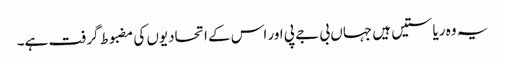
یہ وہ ریاستیں ہیں جہاں بی جے پی اور اس کے اتحادیوں کی مضبوط گرفت ہے۔